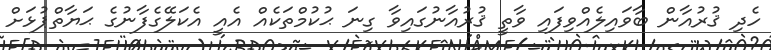
ހެދި ޤުރުއާން ބާވައިލެއްވިފައި ވާތީ ޤުރުއާނުގައިވާ ގިނަ ޙުކުމްތަކެއް އެއީ އެކަލޭގެފާނުގެ ޙަޔާތްޕުޅަށް